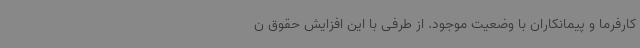
کارفرما و پیمانکاران با وضعیت موجود. از طرفی با این افزایش حقوق ن